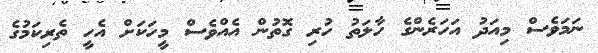
ނަމަވެސް މިއަދު އަހަރެންގެ ހާލަތު ހުރި ގޮތުން އެއްވެސް މީހަކަށް އެހީ ތެރިކަމުގެ